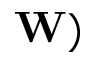
\mathbf { W } )